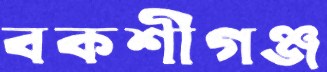
বকশীগঞ্জ